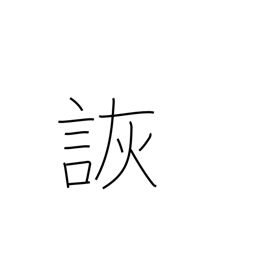
Meaning: jest